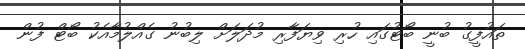
ތައުފީގު ބުނީ ބޯޓުގައި ހުރި ވިޔަފާރި މުދަލަށް ލިބުނު ގެއްލުމާއެކު ބޯޓް ފުން